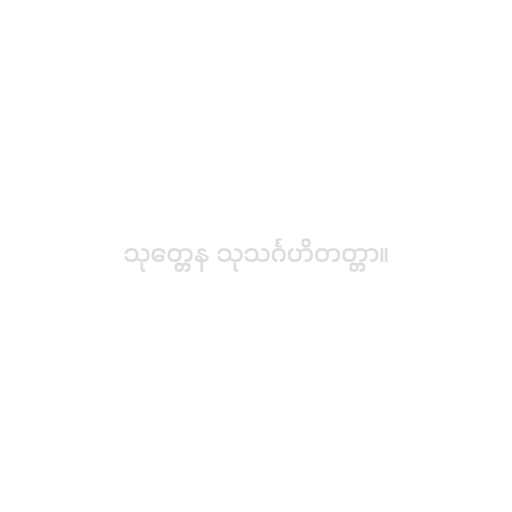
သုတ္တေန သုသင်္ဂဟိတတ္တာ။